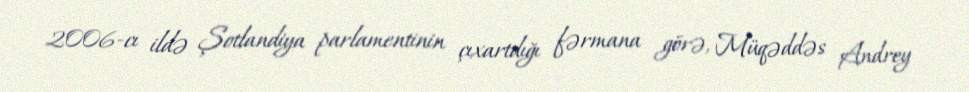
2006-cı ildə Şotlandiya parlamentinin çıxartdığı fərmana görə, Müqəddəs Andrey